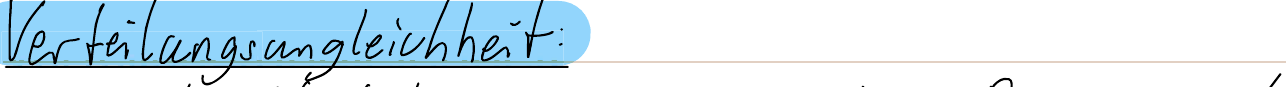
Verteilungsungleichheit: